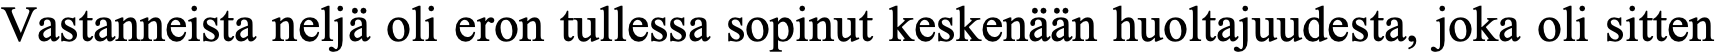
Vastanneista neljä oli eron tullessa sopinut keskenään huoltajuudesta, joka oli sitten